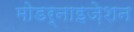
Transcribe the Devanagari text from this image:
मोडर्नाइज़ेशन